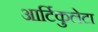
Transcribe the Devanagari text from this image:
आर्टिकुलेटा